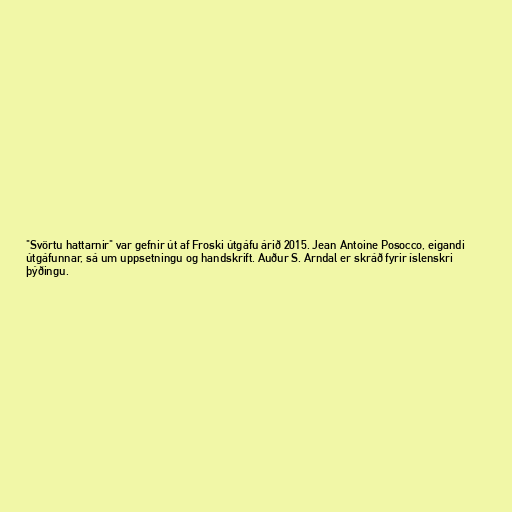
"Svörtu hattarnir" var gefnir út af Froski útgáfu árið 2015. Jean Antoine Posocco, eigandi
útgáfunnar, sá um uppsetningu og handskrift. Auður S. Arndal er skráð fyrir íslenskri
þýðingu.